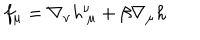
LaTeX: f _ { \mu } = \nabla _ { \nu } h _ { ~ \mu } ^ { \nu } + \beta \nabla _ { \mu } h